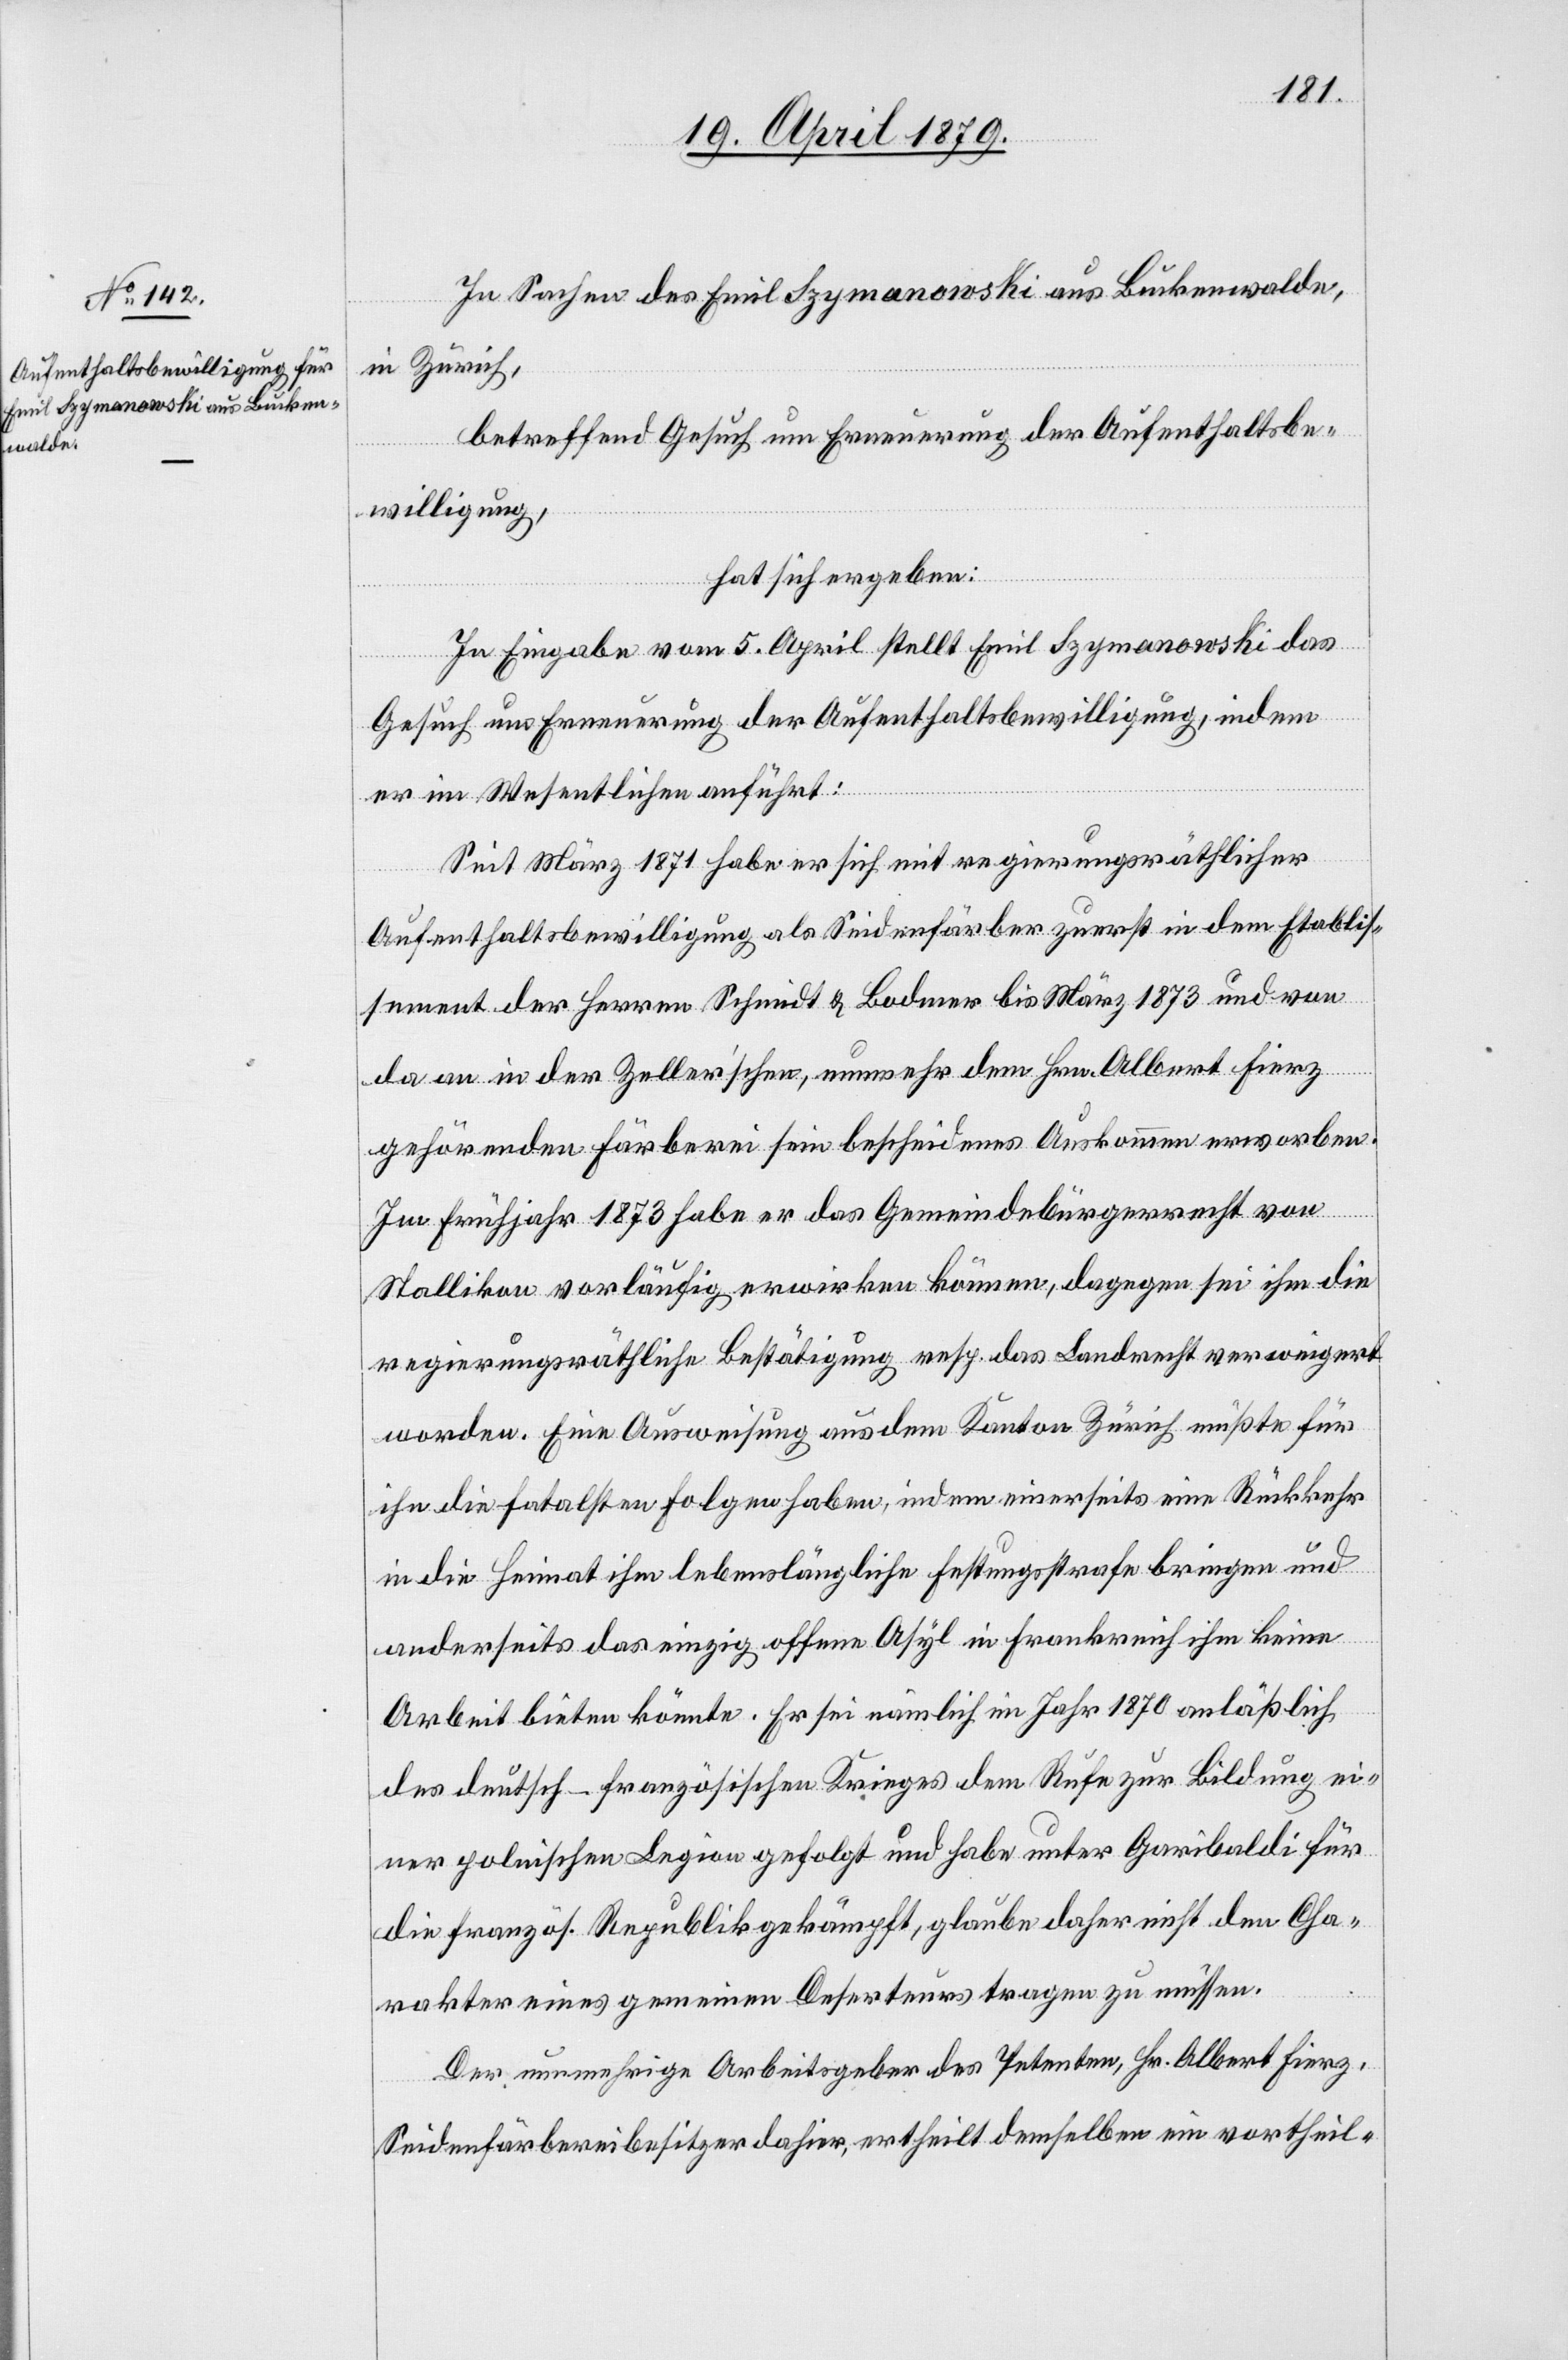
In Sachen des Emil Szymanowski aus Buckenwalde,
in Zürich,
betreffend Gesuch um Erneuerung der Aufenthaltsbe¬
willigung,
hat sich ergeben:
In Eingabe vom 5. April stellt Emil Szymanowski das
Gesuch um Erneuerung der Aufenthaltsbewilligung, indem
er im Wesentlichen anführt:
Seit März 1871 habe er sich mit regierungsräthlicher
Aufenthaltsbewilligung als Seidenfärber zuerst in dem Etablis¬
sement der Herren Schmidt & Bodmer bis März 1873 und von
da an in der Zeller’schen, nunmehr dem Hrn. Albert Fierz
gehörenden Färberei sein bescheidenes Auskommen erworben.
Im Frühjahr 1873 habe er das Gemeindebürgerrecht von
Stallikon vorläufig erwirken können, dagegen sei ihm die
regierungsräthliche Bestätigung resp. das Landrecht verweigert
worden. Eine Ausweisung aus dem Kanton Zürich müßte für
ihn die fatalsten Folgen haben, indem einerseits eine Rückkehr
in die Heimat ihm lebenslängliche Festungsstrafe bringen und
anderseits das einzig offene Asyl in Frankreich ihm keine
Arbeit bieten könnte. Er sei nämlich im Jahr 1870 anläßlich
des deutsch-französischen Krieges dem Rufe zur Bildung ei¬
ner polnischen Legion gefolgt und habe unter Garibaldi für
die französ. Republik gekämpft, glaube daher nicht den Cha¬
rakter eines gemeinen Deserteurs tragen zu müssen.
Der nunmehrige Arbeitsgeber des Petenten, Hr. Albert Fierz,
Seidenfärbereibesitzer dahier, ertheilt demselben ein vortheil-